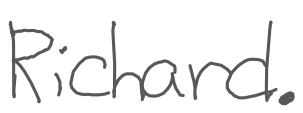
Text: Richard.
Cross-out: clean
Writing tool: digital_gray